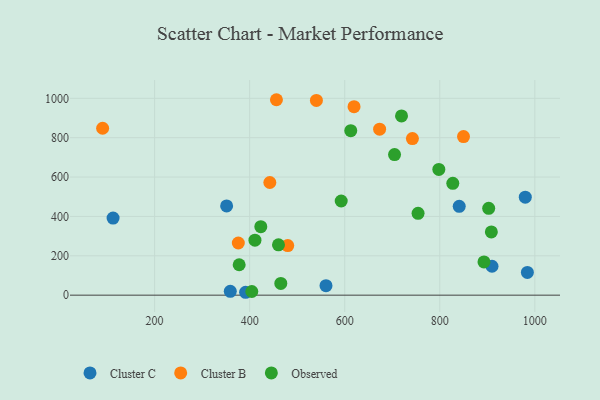
{"axis": {"x": "Study Hours", "y": "Yield"}, "legend": ["Cluster B", "Cluster C", "Observed"], "data": [{"x": "560.6", "y": 48.3, "type": "Cluster C"}, {"x": "351.5", "y": 453.6, "type": "Cluster C"}, {"x": "391.4", "y": 14.7, "type": "Cluster C"}, {"x": "984.3", "y": 115.3, "type": "Cluster C"}, {"x": "840.9", "y": 451.6, "type": "Cluster C"}, {"x": "909.9", "y": 146.9, "type": "Cluster C"}, {"x": "979.9", "y": 497.8, "type": "Cluster C"}, {"x": "112.6", "y": 391.9, "type": "Cluster C"}, {"x": "359.2", "y": 19.3, "type": "Cluster C"}, {"x": "480.1", "y": 251.8, "type": "Cluster B"}, {"x": "376.1", "y": 265.1, "type": "Cluster B"}, {"x": "540.4", "y": 989.5, "type": "Cluster B"}, {"x": "90.6", "y": 847.9, "type": "Cluster B"}, {"x": "619.6", "y": 957.8, "type": "Cluster B"}, {"x": "456.3", "y": 992.9, "type": "Cluster B"}, {"x": "849.9", "y": 805.5, "type": "Cluster B"}, {"x": "673.4", "y": 843.4, "type": "Cluster B"}, {"x": "442.4", "y": 572.3, "type": "Cluster B"}, {"x": "742.4", "y": 795.4, "type": "Cluster B"}, {"x": "827.4", "y": 568.4, "type": "Observed"}, {"x": "612.7", "y": 835.6, "type": "Observed"}, {"x": "893.0", "y": 168.9, "type": "Observed"}, {"x": "377.9", "y": 154.6, "type": "Observed"}, {"x": "754.3", "y": 416.0, "type": "Observed"}, {"x": "719.5", "y": 910.5, "type": "Observed"}, {"x": "592.6", "y": 478.5, "type": "Observed"}, {"x": "404.5", "y": 18.6, "type": "Observed"}, {"x": "908.5", "y": 321.3, "type": "Observed"}, {"x": "411.1", "y": 279.5, "type": "Observed"}, {"x": "460.6", "y": 255.9, "type": "Observed"}, {"x": "902.9", "y": 441.4, "type": "Observed"}, {"x": "465.5", "y": 59.5, "type": "Observed"}, {"x": "798.0", "y": 638.7, "type": "Observed"}, {"x": "423.4", "y": 348.1, "type": "Observed"}, {"x": "704.8", "y": 714.3, "type": "Observed"}]}